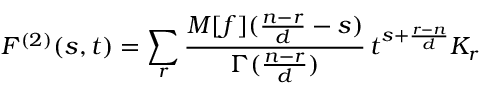
F ^ { ( 2 ) } ( s , t ) = \sum _ { r } \frac { M [ f ] ( \frac { n - r } { d } - s ) } { \Gamma ( \frac { n - r } { d } ) } \, t ^ { s + \frac { r - n } { d } } K _ { r }